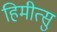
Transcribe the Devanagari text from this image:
हिमीत्सु